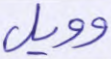
وويل